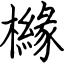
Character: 櫞